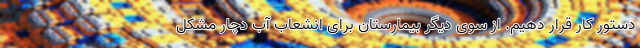
دستور کار قرار دهیم. از سوی دیگر بیمارستان برای انشعاب آب دچار مشکل